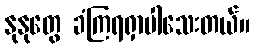
နုနုတွေ ခံကြရရှာပါသေးတယ်။